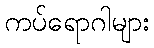
ကပ်ရောဂါများ